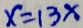
x = 1 3 x